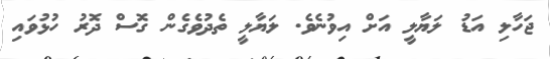
ޖަހާލި އަޑު ލަޔާލީ އަށް އިވުނެވެ. ލަޔާލީ ތެދުވެގެން ގޮސް ދޮރު ހުޅުވައި